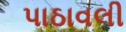
પાઠાવલી